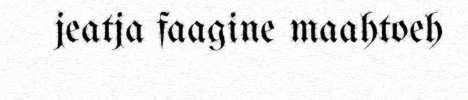
jeatja faagine maahtoeh